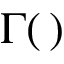
\Gamma ( \, )